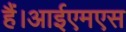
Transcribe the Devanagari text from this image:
हैं।आईएमएस